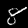
Digit: 8